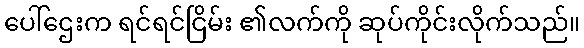
ပေါ်ဌေးက ရင်ရင်ငြိမ်း ၏လက်ကို ဆုပ်ကိုင်းလိုက်သည်။